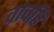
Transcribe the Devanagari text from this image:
वाचहि